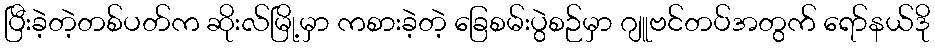
ပြီးခဲ့တဲ့တစ်ပတ်က ဆိုးလ်မြို့မှာ ကစားခဲ့တဲ့ ခြေစမ်းပွဲစဉ်မှာ ဂျူဗင်တပ်အတွက် ရော်နယ်ဒို